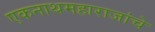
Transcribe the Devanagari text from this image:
एकनाथमहाराजांचे